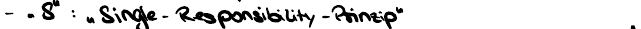
-"S" : "Single-Responsibility-Prinzip"